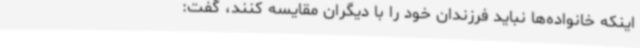
اینکه خانواده‌ها نباید فرزندان خود را با دیگران مقایسه کنند، گفت: